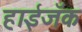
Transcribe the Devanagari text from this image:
हाईजॅक